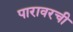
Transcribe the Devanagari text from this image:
पारावरची